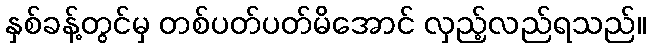
နှစ်ခန့်တွင်မှ တစ်ပတ်ပတ်မိအောင် လှည့်လည်ရသည်။